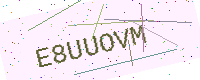
Text: E8UUOVM